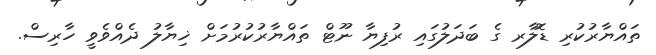
ތައްޔާރުކުރި ޑޮލާރ ގެ ބަދަލުގައި ރުފިޔާ ނޫޓް ތައްޔާރުކުރުމަށް ޚިޔާލު ދެއްވެވީ ހާރިސް.